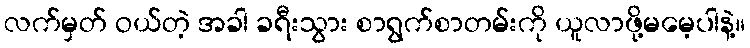
လက်မှတ် ဝယ်တဲ့ အခါ ခရီးသွား စာရွက်စာတမ်းကို ယူလာဖို့မမေ့ပါနဲ့။